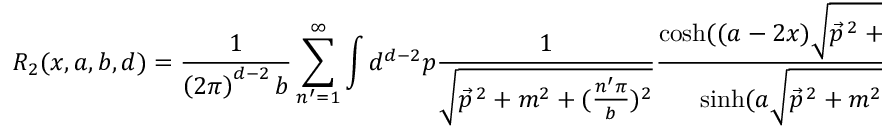
R _ { 2 } ( x , a , b , d ) = \frac { 1 } { \left( 2 \pi \right) ^ { d - 2 } b } \sum _ { n ^ { \prime } = 1 } ^ { \infty } \int d ^ { d - 2 } p \frac { 1 } { \sqrt { \vec { p } ^ { \, 2 } + m ^ { 2 } + ( \frac { n ^ { \prime } \pi } { b } ) ^ { 2 } } } \frac { \cosh ( ( a - 2 x ) \sqrt { \vec { p } ^ { \, 2 } + m ^ { 2 } + ( \frac { n ^ { \prime } \pi } { b } ) ^ { 2 } } ) } { \sinh ( a \sqrt { \vec { p } ^ { \, 2 } + m ^ { 2 } + ( \frac { n ^ { \prime } \pi } { b } ) ^ { 2 } } ) } .